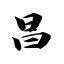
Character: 昌